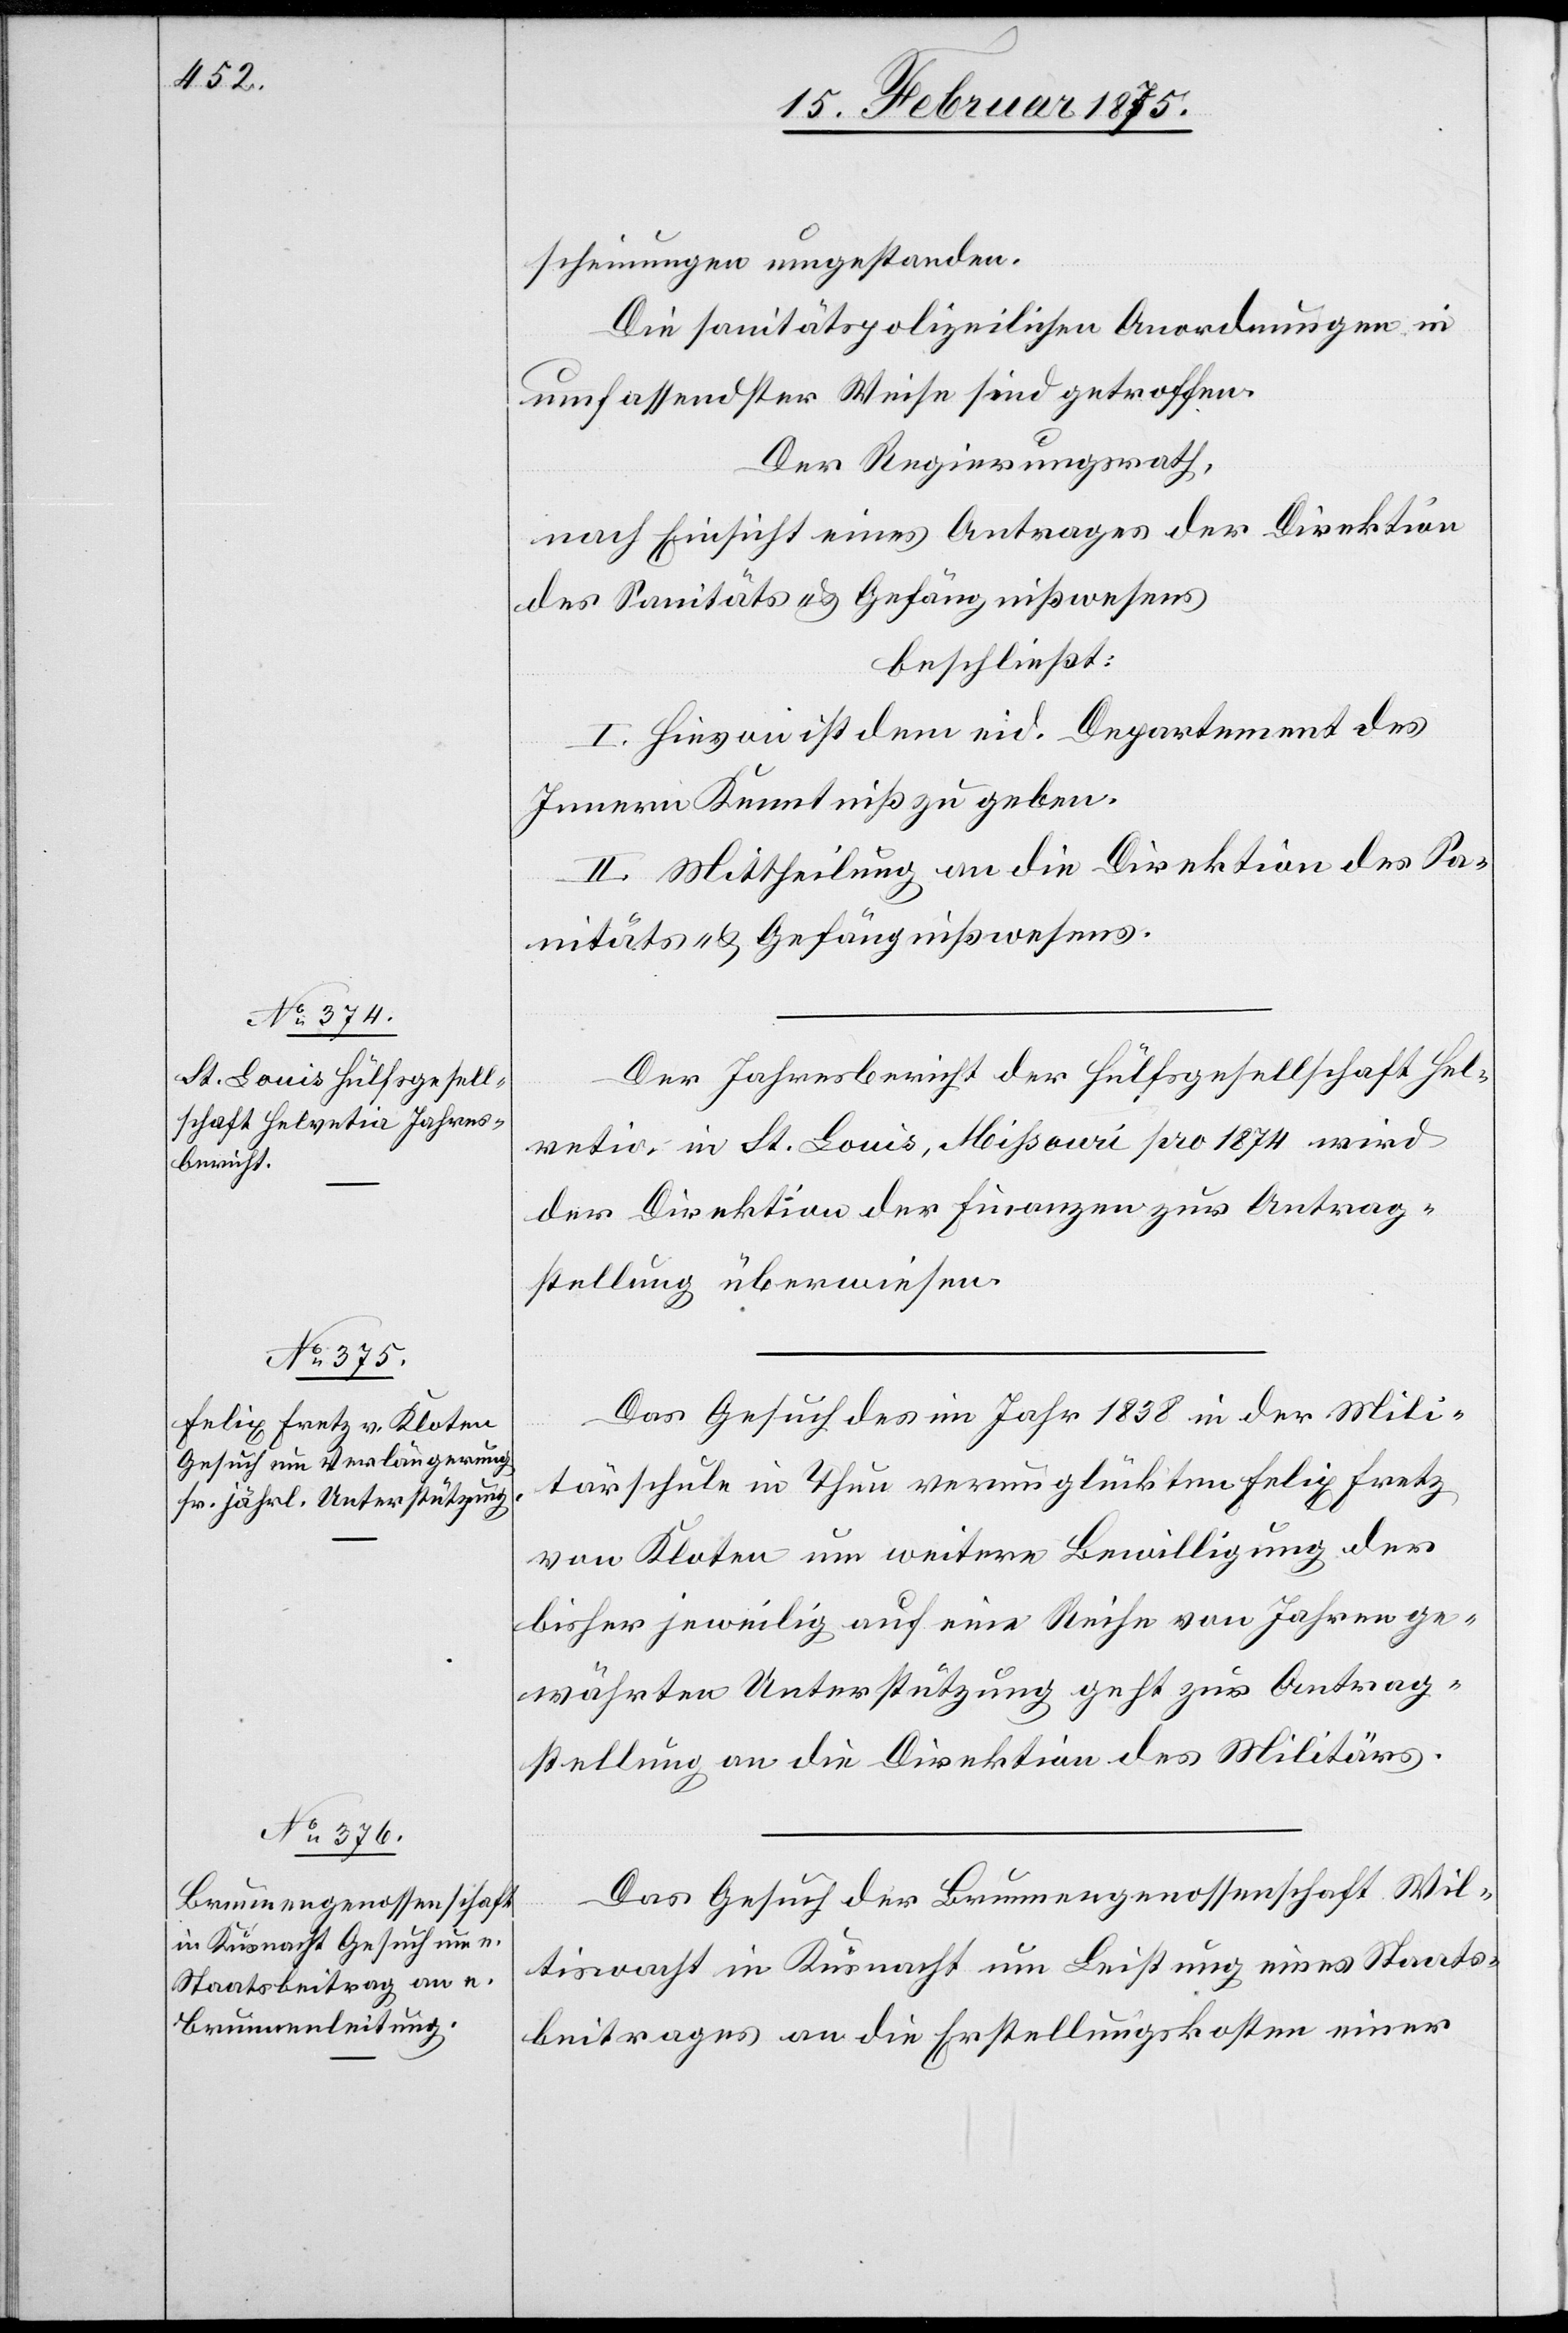
16. Februar 1875.]
scheinungen umgestanden.
Die sanitätspolizeilichen Anordnungen in
umfassendster Weise sind getroffen.
Der Regierungsrath,
nach Einsicht eines Antrages der Direktion
des Sanitäts- & Gefängnißwesens
beschließt:
I. Hievon ist dem eid. Departement des
Innern Kenntniß zu geben.
II. Mittheilung an die Direktion des Sa¬
nitäts- & Gefängnißwesens.
Der Jahresbericht der Hülfsgesellschaft Hel¬
vetia in St. Louis, Missouri pro 1874 wird
der Direktion der Finanzen zur Antrag¬
stellung überwiesen.
Das Gesuch des im Jahr 1838 in der Mili¬
tärschule in Thun verunglückten Felix Fretz
von Kloten um weitere Bewilligung der
bisher jeweilig auf eine Reihe von Jahren ge¬
währten Unterstützung geht zur Antrag¬
stellung an die Direktion des Militärs.
Das Gesuch der Brunnengenossenschaft Wil¬
tiswacht in Küsnacht um Leistung eines Staats¬
beitrages an die Erstellungskosten einer